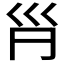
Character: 𡿩